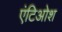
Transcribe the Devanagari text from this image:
एंटिओश